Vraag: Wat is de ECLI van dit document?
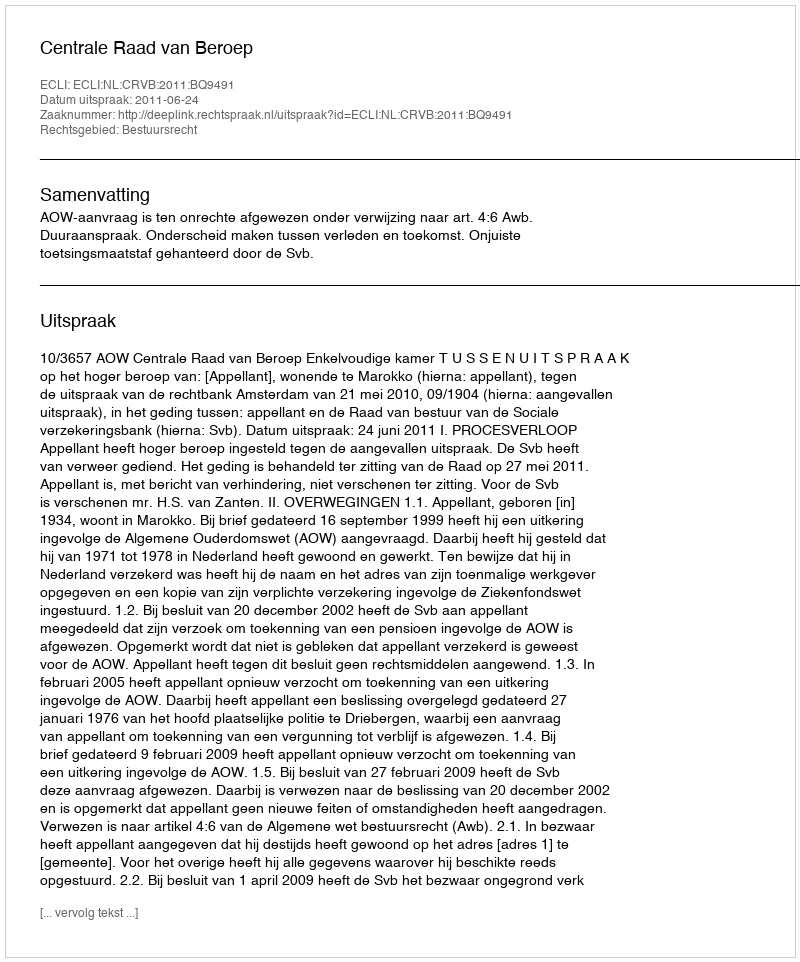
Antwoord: ECLI:NL:CRVB:2011:BQ9491